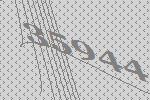
35944